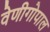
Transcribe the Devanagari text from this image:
वेणीगोपाल